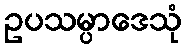
ဥပသမ္ပာဒေသုံ